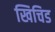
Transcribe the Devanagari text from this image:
खिचिड